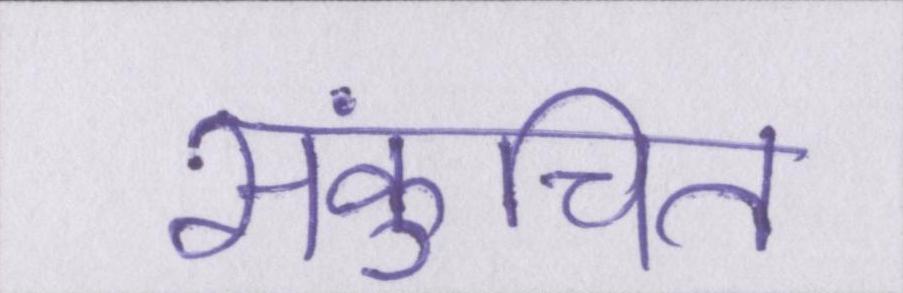
संकुचित